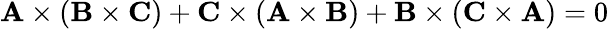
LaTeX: \mathbf{A}\times(\mathbf{B}\times\mathbf{C})+\mathbf{C}\times(\mathbf{A}\times\mathbf{B})+\mathbf{B}\times(\mathbf{C}\times\mathbf{A})=0